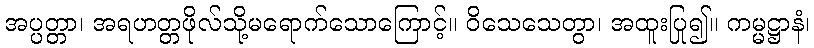
အပ္ပတ္တာ၊ အရဟတ္တဖိုလ်သို့မရောက်သောကြောင့်။ ဝိသေသေတွာ၊ အထူးပြု၍။ ကမ္မဋ္ဌာနံ၊